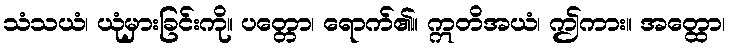
သံသယံ၊ ယုံမှားခြင်းကို။ ပတ္တော၊ ရောက်၏။ ဣတိအယံ၊ ဤကား။ အတ္ထော၊